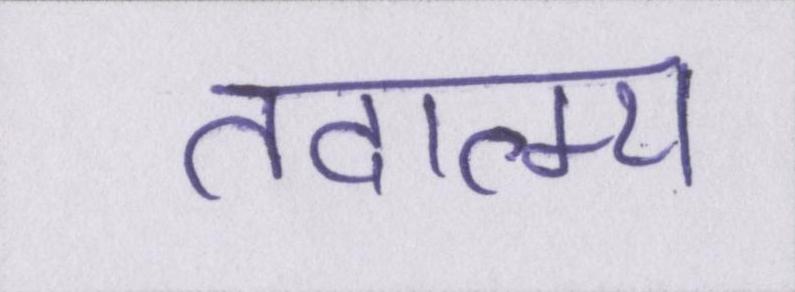
तदात्म्य